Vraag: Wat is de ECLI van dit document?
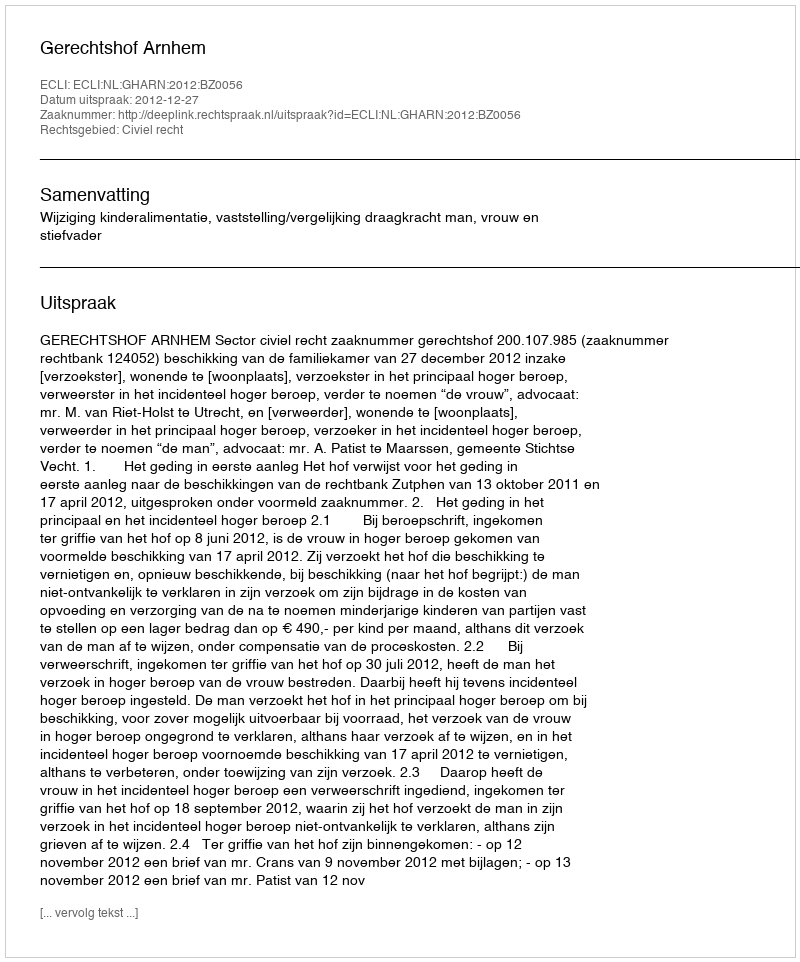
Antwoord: ECLI:NL:GHARN:2012:BZ0056